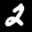
Label: 2